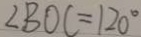
\angle B O C = 1 2 0 ^ { \circ }